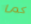
كما